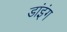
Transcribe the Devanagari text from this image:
डांइंग